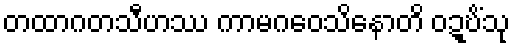
တထာဂတသီဟဿ ကာမဂဝေသိနောတိ ဝဍ္ဎိံသု